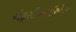
એફસીઆઈએસ